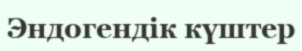
Эндогендік күштер